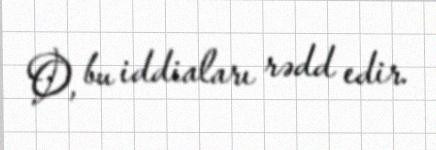
O, bu iddiaları rədd edir.